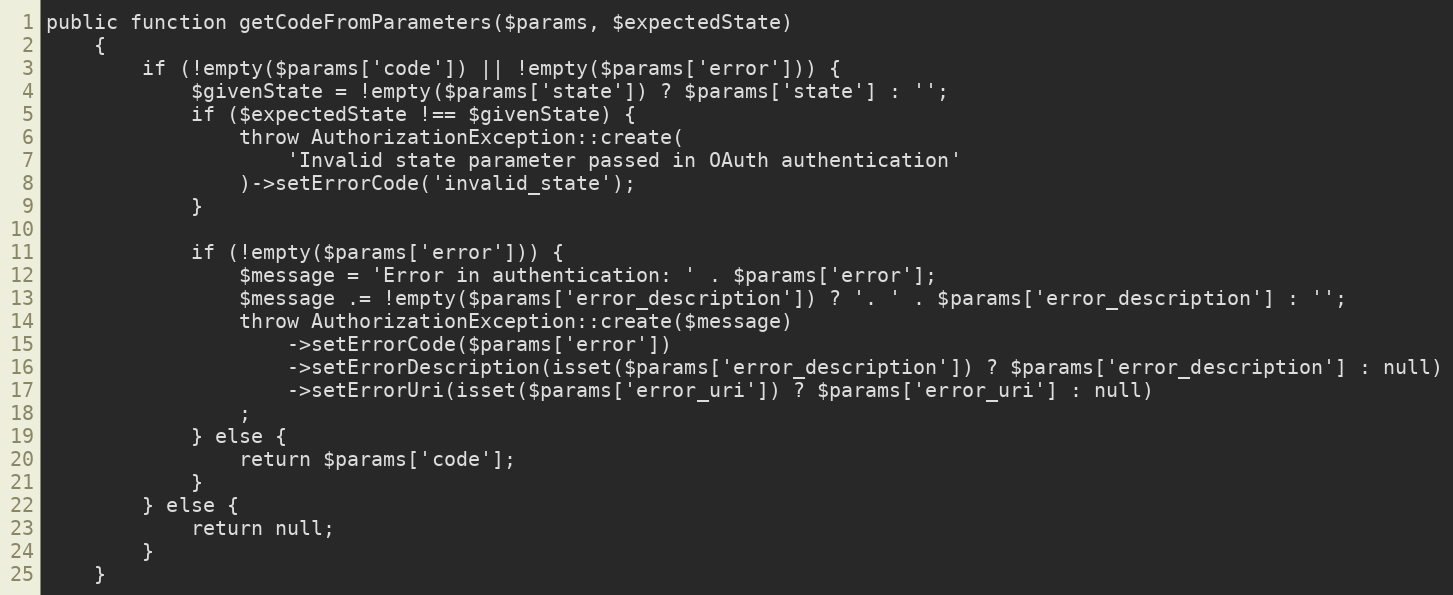
Language: PHP
public function getCodeFromParameters($params, $expectedState)
    {
        if (!empty($params['code']) || !empty($params['error'])) {
            $givenState = !empty($params['state']) ? $params['state'] : '';
            if ($expectedState !== $givenState) {
                throw AuthorizationException::create(
                    'Invalid state parameter passed in OAuth authentication'
                )->setErrorCode('invalid_state');
            }

            if (!empty($params['error'])) {
                $message = 'Error in authentication: ' . $params['error'];
                $message .= !empty($params['error_description']) ? '. ' . $params['error_description'] : '';
                throw AuthorizationException::create($message)
                    ->setErrorCode($params['error'])
                    ->setErrorDescription(isset($params['error_description']) ? $params['error_description'] : null)
                    ->setErrorUri(isset($params['error_uri']) ? $params['error_uri'] : null)
                ;
            } else {
                return $params['code'];
            }
        } else {
            return null;
        }
    }